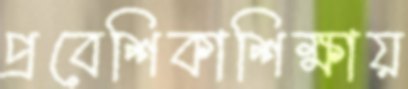
প্রবেশিকাশিক্ষায়